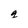
Character: g